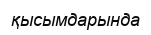
қысымдарында